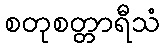
စတုစတ္တာရီသံ